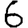
Digit: 6